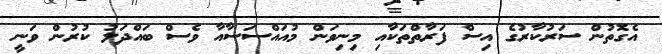
އެގޮތުން ސަރުކާރުގެ އިސް ފަރާތްތަކާއި މިނިވަން މުއައްސަސާއާ ވެސް ބައްދަލު ކުރުން ވަނީ